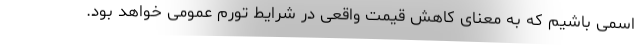
اسمی باشیم که به معنای کاهش قیمت واقعی در شرایط تورم عمومی خواهد بود.